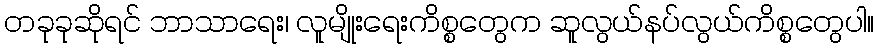
တခုခုဆိုရင် ဘာသာရေး၊ လူမျိုးရေးကိစ္စတွေက ဆူလွယ်နပ်လွယ်ကိစ္စတွေပါ။